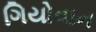
ગિયોવાન